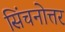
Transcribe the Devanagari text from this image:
सिंचनोत्तर